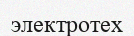
электротех